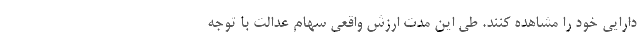
دارایی خود را مشاهده کنند. طی این مدت ارزش واقعی سهام عدالت با توجه